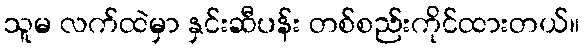
သူမ လက်ထဲမှာ နှင်းဆီပန်း တစ်စည်းကိုင်ထားတယ်။